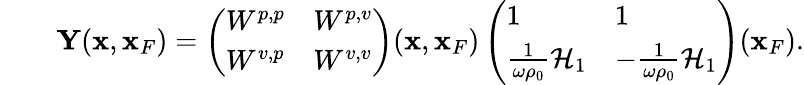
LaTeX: \begin{array}{rlr}&{}&{{\mathbf Y}({\mathbf x},{\mathbf x}_{F})=\left(\begin{array}{ll}{W^{p,p}}&{W^{p,v}}\\ {W^{v,p}}&{W^{v,v}}\end{array}\right)({\mathbf x},{\mathbf x}_{F})\left(\begin{array}{ll}{1}&{1}\\ {\frac{1}{\omega\rho_{0}}{\cal H}_{1}}&{-\frac{1}{\omega\rho_{0}}{\cal H}_{1}}\end{array}\right)({\mathbf x}_{F}).}\end{array}